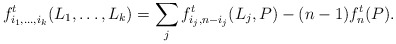
\begin{align*} f^t_{i_1,\ldots,i_k}(L_1,\ldots,L_k) = \sum_j f^t_{i_j,n-i_j}(L_j,P) - (n-1)f^t_n(P).\end{align*}